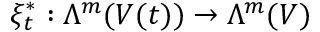
\xi _ { t } ^ { \ast } : \Lambda ^ { m } ( V ( t ) ) \to \Lambda ^ { m } ( V )